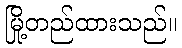
မြို့တည်ထားသည်။